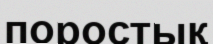
поростық